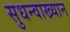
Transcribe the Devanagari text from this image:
सुधन्वाख्यान